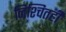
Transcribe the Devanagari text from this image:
निश्चितही